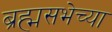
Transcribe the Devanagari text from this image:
ब्रह्मसभेच्या